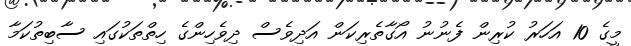
މީގެ 10 އަހަރު ކުރިން ފެނުނު އޯގާތެރިކަން އަދިވެސް ދިވެހިންގެ ހިތްތަކުގައި ސާބިތުކަމާ